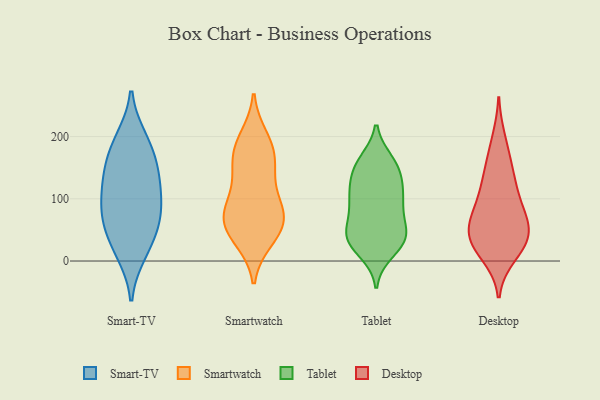
{"axis": {"x": "Shipments", "y": "Value"}, "legend": ["Desktop", "Smart-TV", "Smartwatch", "Tablet"], "data": [{"x": "", "y": 181, "type": "Smart-TV"}, {"x": "", "y": 114, "type": "Smart-TV"}, {"x": "", "y": 138, "type": "Smart-TV"}, {"x": "", "y": 146, "type": "Smart-TV"}, {"x": "", "y": 194, "type": "Smart-TV"}, {"x": "", "y": 89, "type": "Smart-TV"}, {"x": "", "y": 72, "type": "Smart-TV"}, {"x": "", "y": 67, "type": "Smart-TV"}, {"x": "", "y": 15, "type": "Smart-TV"}, {"x": "", "y": 33, "type": "Smart-TV"}, {"x": "", "y": 75, "type": "Smartwatch"}, {"x": "", "y": 134, "type": "Smartwatch"}, {"x": "", "y": 73, "type": "Smartwatch"}, {"x": "", "y": 198, "type": "Smartwatch"}, {"x": "", "y": 110, "type": "Smartwatch"}, {"x": "", "y": 174, "type": "Smartwatch"}, {"x": "", "y": 70, "type": "Smartwatch"}, {"x": "", "y": 165, "type": "Smartwatch"}, {"x": "", "y": 80, "type": "Smartwatch"}, {"x": "", "y": 151, "type": "Smartwatch"}, {"x": "", "y": 190, "type": "Smartwatch"}, {"x": "", "y": 45, "type": "Smartwatch"}, {"x": "", "y": 39, "type": "Smartwatch"}, {"x": "", "y": 34, "type": "Smartwatch"}, {"x": "", "y": 72, "type": "Smartwatch"}, {"x": "", "y": 160, "type": "Tablet"}, {"x": "", "y": 38, "type": "Tablet"}, {"x": "", "y": 46, "type": "Tablet"}, {"x": "", "y": 104, "type": "Tablet"}, {"x": "", "y": 15, "type": "Tablet"}, {"x": "", "y": 150, "type": "Tablet"}, {"x": "", "y": 42, "type": "Tablet"}, {"x": "", "y": 94, "type": "Tablet"}, {"x": "", "y": 33, "type": "Tablet"}, {"x": "", "y": 152, "type": "Tablet"}, {"x": "", "y": 81, "type": "Tablet"}, {"x": "", "y": 33, "type": "Tablet"}, {"x": "", "y": 156, "type": "Tablet"}, {"x": "", "y": 29, "type": "Tablet"}, {"x": "", "y": 132, "type": "Tablet"}, {"x": "", "y": 55, "type": "Tablet"}, {"x": "", "y": 113, "type": "Tablet"}, {"x": "", "y": 114, "type": "Tablet"}, {"x": "", "y": 87, "type": "Tablet"}, {"x": "", "y": 56, "type": "Desktop"}, {"x": "", "y": 162, "type": "Desktop"}, {"x": "", "y": 141, "type": "Desktop"}, {"x": "", "y": 48, "type": "Desktop"}, {"x": "", "y": 23, "type": "Desktop"}, {"x": "", "y": 83, "type": "Desktop"}, {"x": "", "y": 76, "type": "Desktop"}, {"x": "", "y": 121, "type": "Desktop"}, {"x": "", "y": 10, "type": "Desktop"}, {"x": "", "y": 34, "type": "Desktop"}, {"x": "", "y": 195, "type": "Desktop"}, {"x": "", "y": 111, "type": "Desktop"}, {"x": "", "y": 68, "type": "Desktop"}, {"x": "", "y": 30, "type": "Desktop"}, {"x": "", "y": 34, "type": "Desktop"}]}